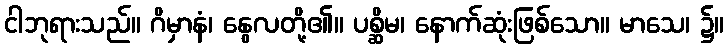
ငါဘုရားသည်။ ဂိမှာနံ၊ နွေလတို့၏။ ပစ္ဆိမ၊ နောက်ဆုံးဖြစ်သော။ မာသေ၊ ၌။